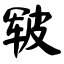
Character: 皲